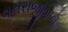
વનરાજીવાળો